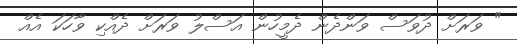
" ވަރަށް ދުވަސް ވަންދެން ދެމީހުން އަސްލު ވަރަށް ދެއްކި ވާހަކަ އެއް